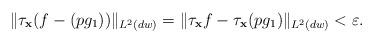
LaTeX: \begin{align*}\|\tau_{\mathbf{x}}(f-(pg_1))\|_{L^2(dw)}=\|\tau_{\mathbf{x}}f-\tau_{\mathbf{x}}(pg_1)\|_{L^2(dw)}<\varepsilon.\end{align*}